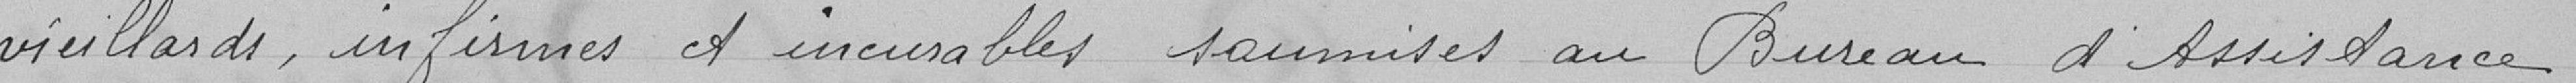
vieillards, infirmes et incurables soumises au Bureau